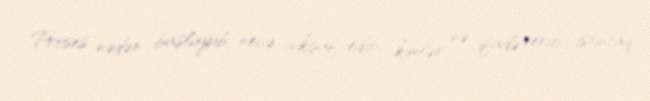
Proses nədən başlayıb, necə inkişaf edib, kimlər nə ifadə verib, istintaq